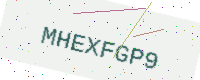
Text: MHEXFGP9